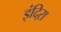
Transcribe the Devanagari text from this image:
इंदिऱा